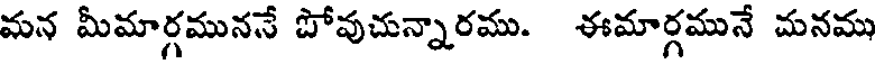
మన మీమార్గముననే పోవుచున్నారము. ఈమార్గమునే మనము